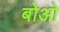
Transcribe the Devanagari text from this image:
बोओ